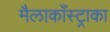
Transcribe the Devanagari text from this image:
मैलाकाँस्ट्राका